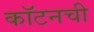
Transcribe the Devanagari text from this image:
कॉटनची